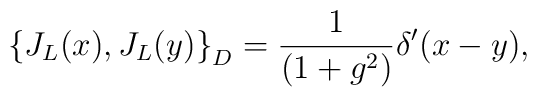
\left\{ J_{L}(x),J_{L}(y)\right\} _{D}=\frac{1}{(1+g^{2})} \delta '(x-y),